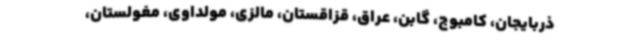
ذربایجان، کامبوج، گابن، عراق، قزاقستان، مالزی، مولداوی، مغولستان،